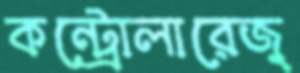
কন্ট্রোলারেজ্